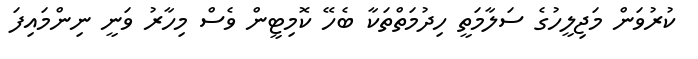
ކުރުވަން މަޖިލީހުގެ ސަލާމަތީ ހިދުމަތްތަކާ ބެހޭ ކޮމިޓީން ވެސް މިހާރު ވަނީ ނިންމައިފަ